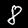
Label: 8